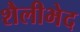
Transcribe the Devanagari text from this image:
शैलीभेद